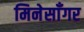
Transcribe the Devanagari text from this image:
मिनेसाँगर